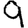
Digit: 9